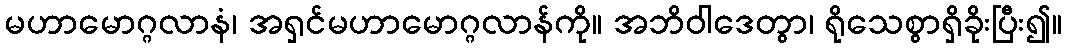
မဟာမောဂ္ဂလာနံ၊ အရှင်မဟာမောဂ္ဂလာန်ကို။ အဘိဝါဒေတွာ၊ ရိုသေစွာရှိခိုးပြီး၍။